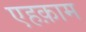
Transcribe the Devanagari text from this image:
एहक़ाम